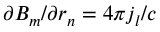
\partial B _ { m } / \partial r _ { n } = 4 \pi j _ { l } / c